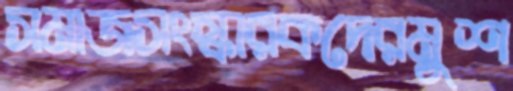
সমাজসংস্কারকদেরমুশ